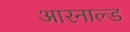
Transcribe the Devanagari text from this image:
आरनाल्ड